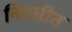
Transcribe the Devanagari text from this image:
निश्‍चीत